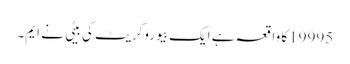
19995کا واقعہ ہے ایک بیوروکریٹ کی بیٹی نے ایم۔